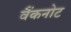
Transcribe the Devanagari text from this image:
वैंकनोट